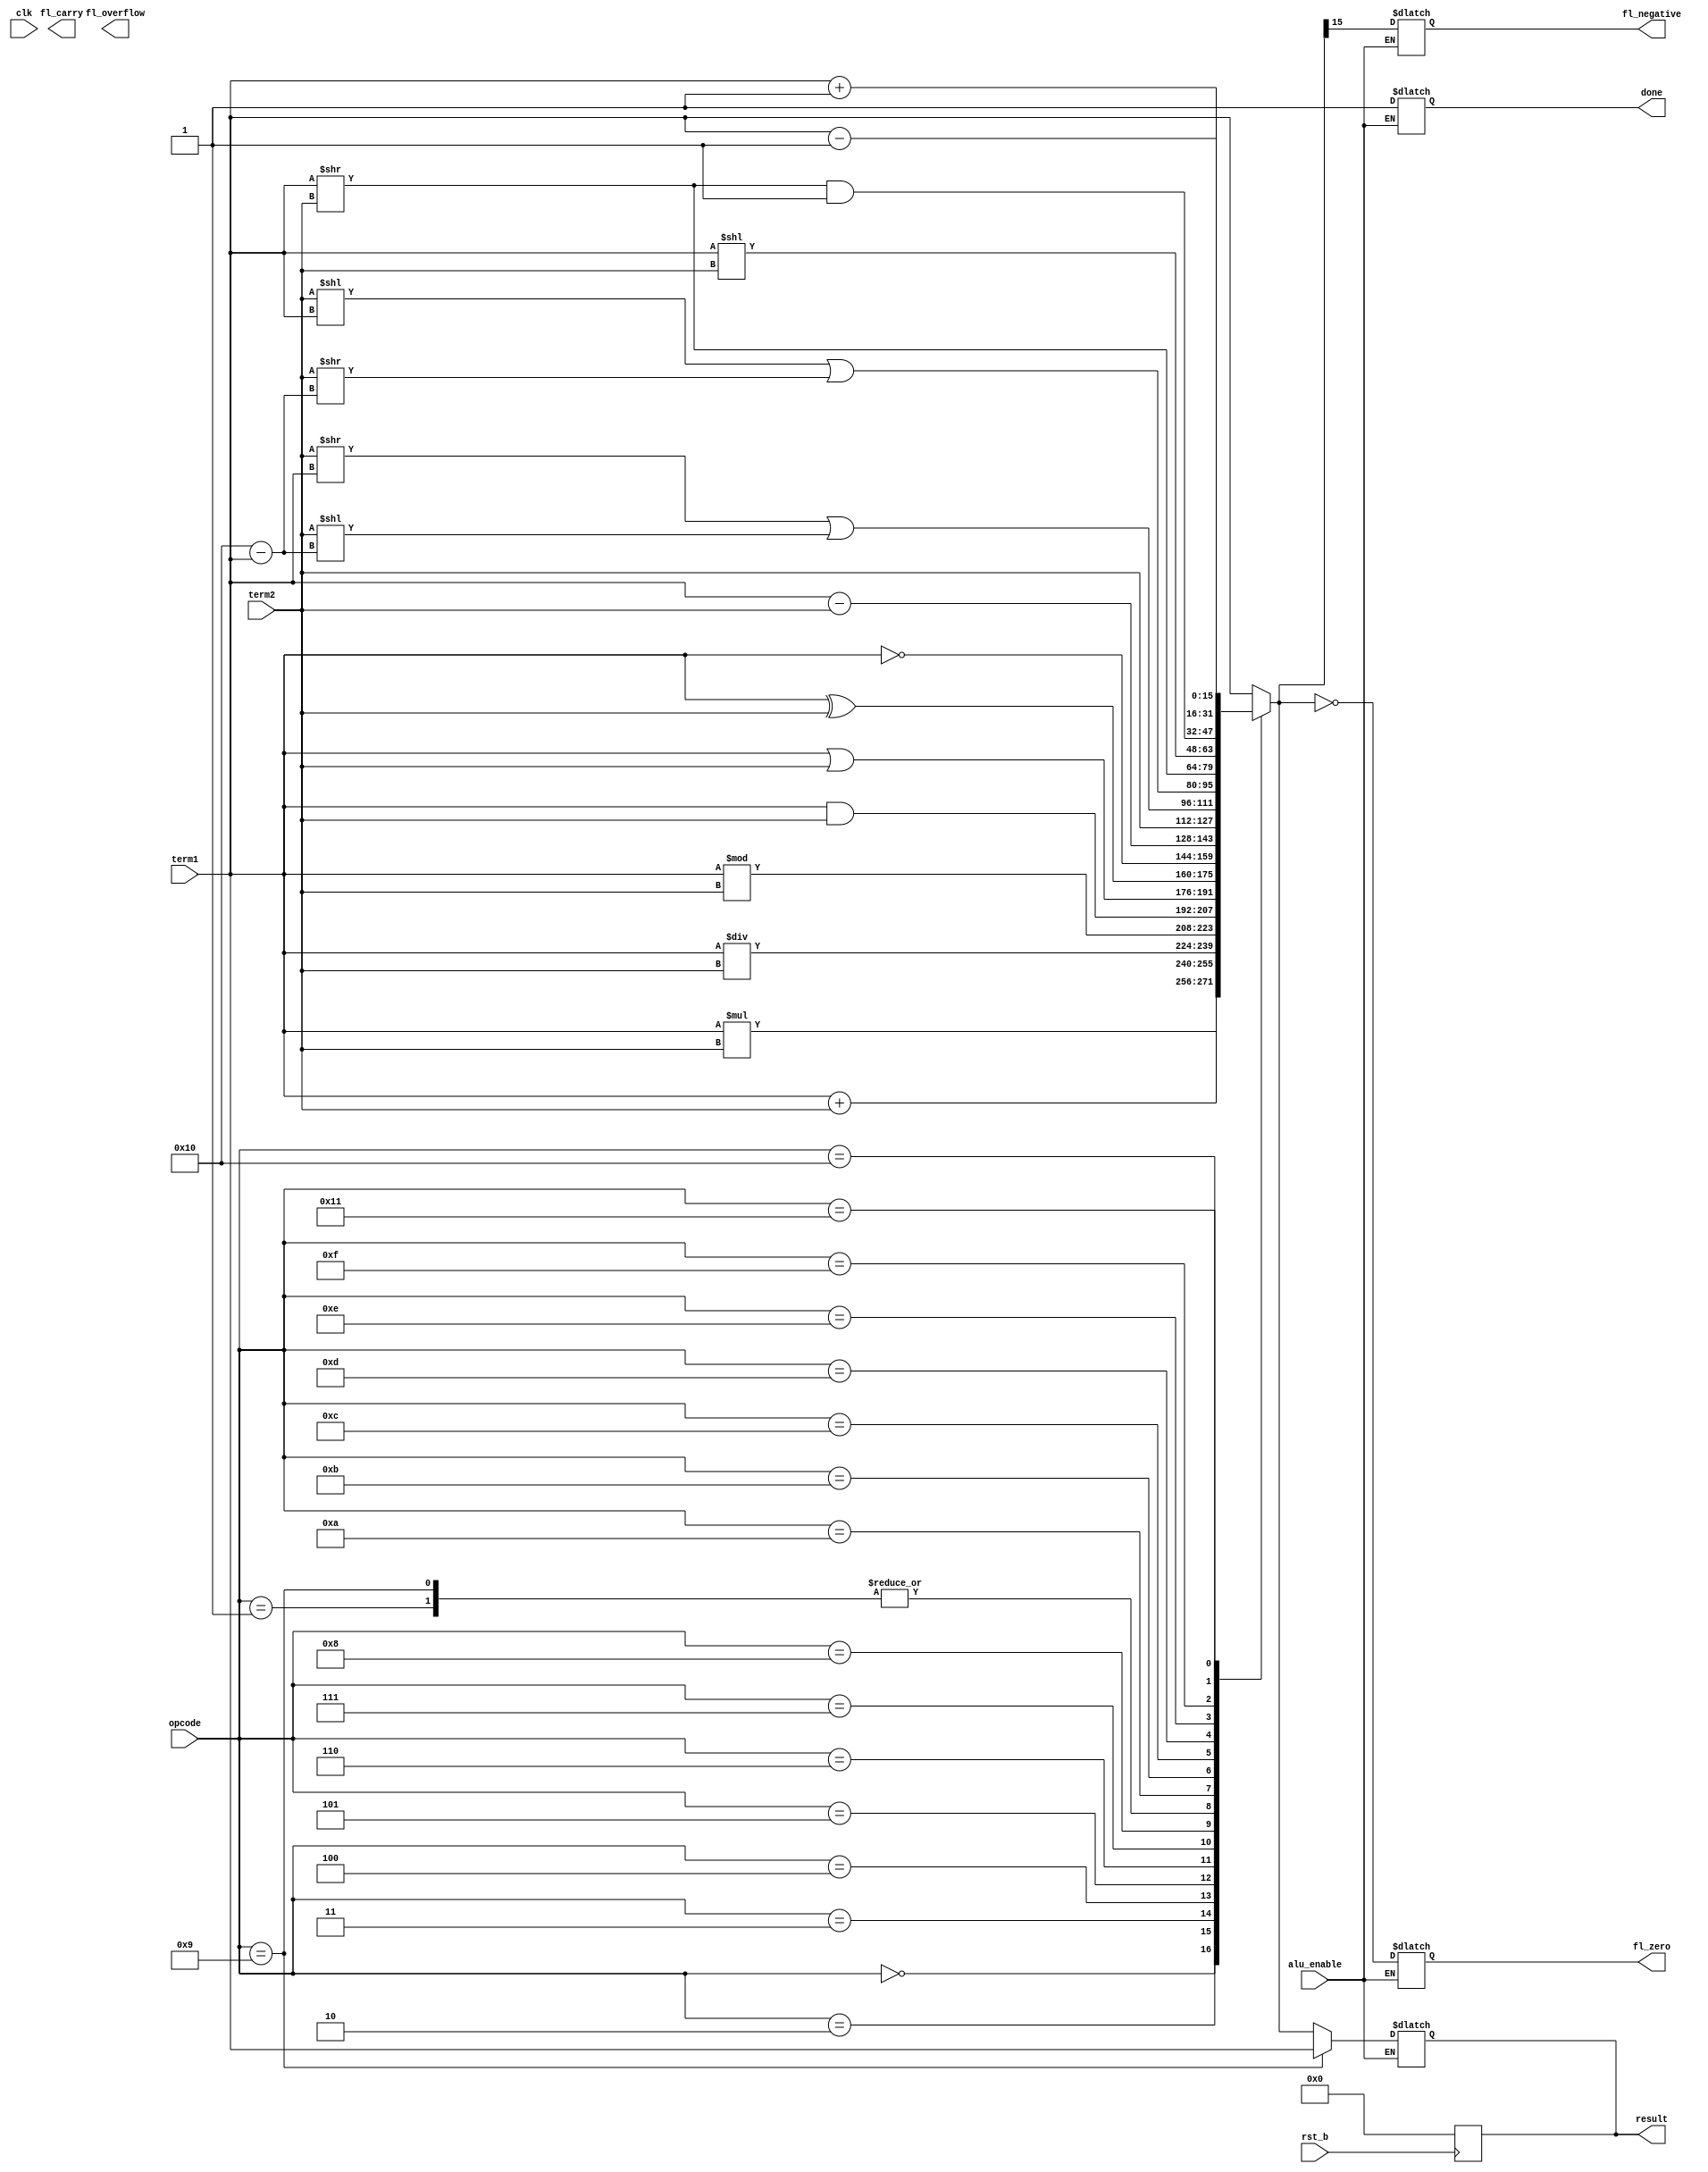
module ALU
(
    input clk,
    input rst_b,
    input alu_enable,
    input [5:0] opcode,
    input [15:0] term1,
    input [15:0] term2,
    output reg [15:0] result,
    output reg fl_zero,
    output reg fl_negative,
    output reg fl_carry,
    output reg fl_overflow,
    output reg done
);

always @(negedge rst_b) begin
    result <= 0;
end

always @(*) begin
    // wire aux;
    if(alu_enable) begin
        done = 0;
        case(opcode)
            6'b000000:  result = term1 + term2; //ADD
            6'b000001:  result = term1 - term2; //SUB
            6'b000010:  result = term1 * term2; //MUL
            6'b000011:  result = term1 / term2; //DIV
            6'b000100:  result = term1 % term2; //MOD
            6'b000101:  result = term1 & term2; //AND
            6'b000110:  result = term1 | term2; //OR
            6'b000111:  result = term1 ^ term2; //XOR
            6'b001000:  result = ~term1;        //NOT
            6'b001001:  result = term1 - term2;    //CMP
            6'b001010:  result = term2;           //MOV
            6'b001011:  result = (term2 >> term1) | (term2 << (16'h10 - term1));   //RSR
            6'b001100:  result = (term2 << term1) | (term2 >> (16'h10 - term1));   //RSL
            6'b001101:  result = term1 >> term2;     //LSR
            6'b001110:  result = term1 << term2;     //LSL
            6'b001111:  result = (term1 >> term2) & 1;      //TST
            6'b010000:  result = term1 + 1;             // INC
            6'b010001:  result = term1 - 1;             // DEC
            default: result = term1; 
        endcase
        fl_zero = (result == 16'h0000);
        fl_negative = (result[15] == 1);
        if (opcode == 6'b001001) 
            result = term1;
        done = 1;
    end
end
endmodule